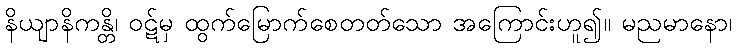
နိယျာနိကန္တိ၊ ဝဋ်မှ ထွက်မြောက်စေတတ်သော အကြောင်းဟူ၍။ မညမာနော၊